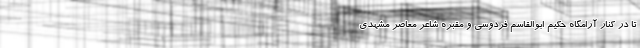
تا در کنار آرامگاه حکیم ابوالقاسم فردوسی و مقبره شاعر معاصر مشهدی